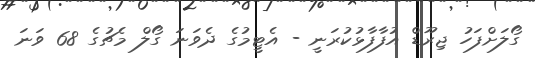
ގޯލަށްފަހު ޖިރޫޑް އުފާފާޅުކުރަނީ - އެޓީމުގެ ދެވަނަ ގޯލް މެޗުގެ 68 ވަނަ